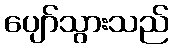
ပျော်သွားသည်